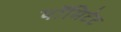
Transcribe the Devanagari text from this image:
पॉमिटेट